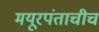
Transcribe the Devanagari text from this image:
मयूरपंताचीच